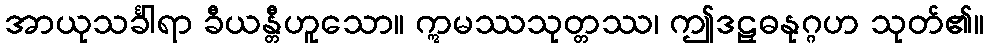
အာယုသင်္ခါရာ ခီယန္တီဟူသော။ ဣမဿသုတ္တဿ၊ ဤဒဠှဓနုဂ္ဂဟ သုတ်၏။